Lunatic asylums Bombay report 1878-1890 - 1878-1890
Year: 1878
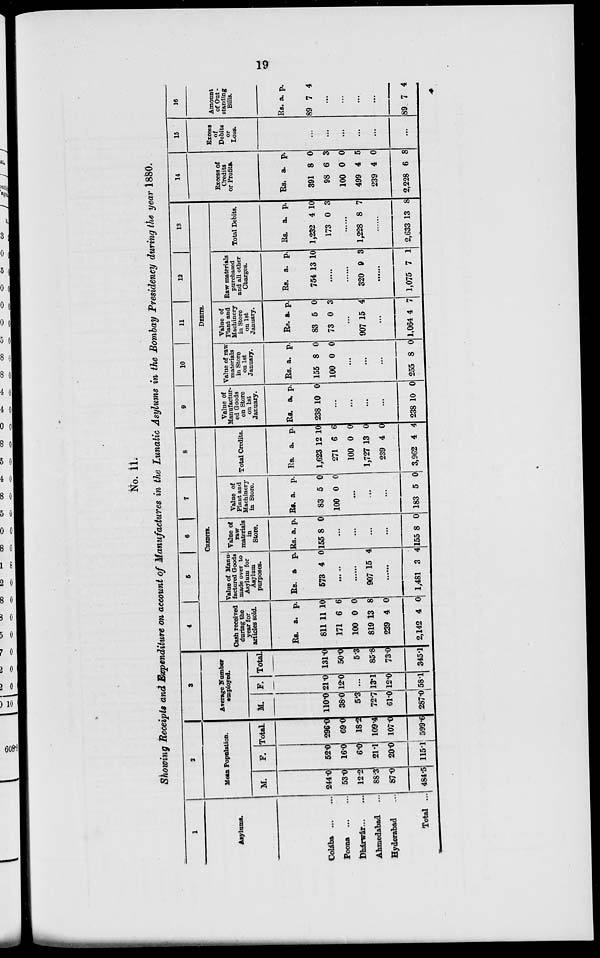
19
No. 11.
Showing Receipts and Expenditure on account of Manufactures in the Lunatic Asylums in the Bombay Presidency during the year 1880.
1
Asylums.
Colába
...
...
Poona ... ...
Dhárwár ... ...
Ahmedabad ...
Hyderabad ...
Total ...
2
Mean Population.
M.
244.0
53.0
12.2
88.3
87.0
484.5
F.
52.0
16.0
6.0
21.1
20.0
115.1
Total
296.0
69.0
18.2
109.4
107.0
599.6
3
Average Number
employed.
M.
110.0
38.0
5.3
72.7
61.0
287.0
F.
21.0
12.0
...
13.1
12.0
58.1
Total
131.0
50.0
5.3
85.8
73.0
345.1
4
5
6 7
8
CREDITS.
Cash received
daring the
year for
articles sold.
Rs.
811
171
100
819
239
2,142
a.
11
6
0
13
4
4
p.
10
6
0
8
0
0
Value of Manu-
factured Goods
made over to
Asylum for
Asylum
purposes.
Rs.
573
a.
4
p.
0
......
......
907 15 4
......
1,481 3 4
Value of
raw
materials
in
Store.
Rs.
155
a.
8
p.
0
...
...
...
...
155 8 0
Value of
Plant and
Machinery
in Store.
Rs.
83
100
a.
5
0
p.
0
0
...
...
...
183 5
0
Total Credits.
Rs.
1,623
271
100
1,727
239
3,962
a.
12
6
0
13
4
4
p.
10
6
0
0
0
4
9
10
11
12
13
DEBITS.
Value of
Manufactur-
ed Goods
on Store
on 1st
January.
Rs.
238
a.
10
p.
0
...
...
...
...
238 10 0
Value of raw
materials
in Store
on 1st
January.
Rs.
155
100
a.
8
0
p.
0
0
...
...
...
255 8 0
Value of
Plant and
Machinery
in Store
on 1st
January.
Rs.
83
73
a.
5
0
p.
0
3
...
907 15 4
...
1,064 4 7
Raw materials
purchased
and all other
Charges.
Rs.
754
a.
13
p.
10
......
......
320 9 3
......
1,075 7 1
Total Debits.
Rs.
1,232
173
a.
4
0
p.
10
3
......
1,228 8 7
......
2,633 13 8
14
Excess of
Credits
or Profits.
Rs.
391
98
100
499
239
2,228
a.
8
6
0
4
4
6
p.
0
3
0
5
0
8
15
Excess
of
Debits
or
Loss.
...
...
...
...
...
...
16
Amount
of Out -
standing
Bills.
Rs.
89
a.
7
p.
4
...
...
...
...
89 7 4